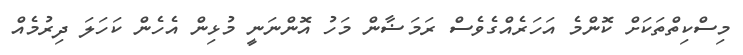
މިސްކިތްތަކަށް ކޮންމެ އަހަރެއްގެވެސް ރަމަޟާން މަހު އޮންނަނީ މުޅިން އެހެން ކަހަލަ ދިރުމެއް